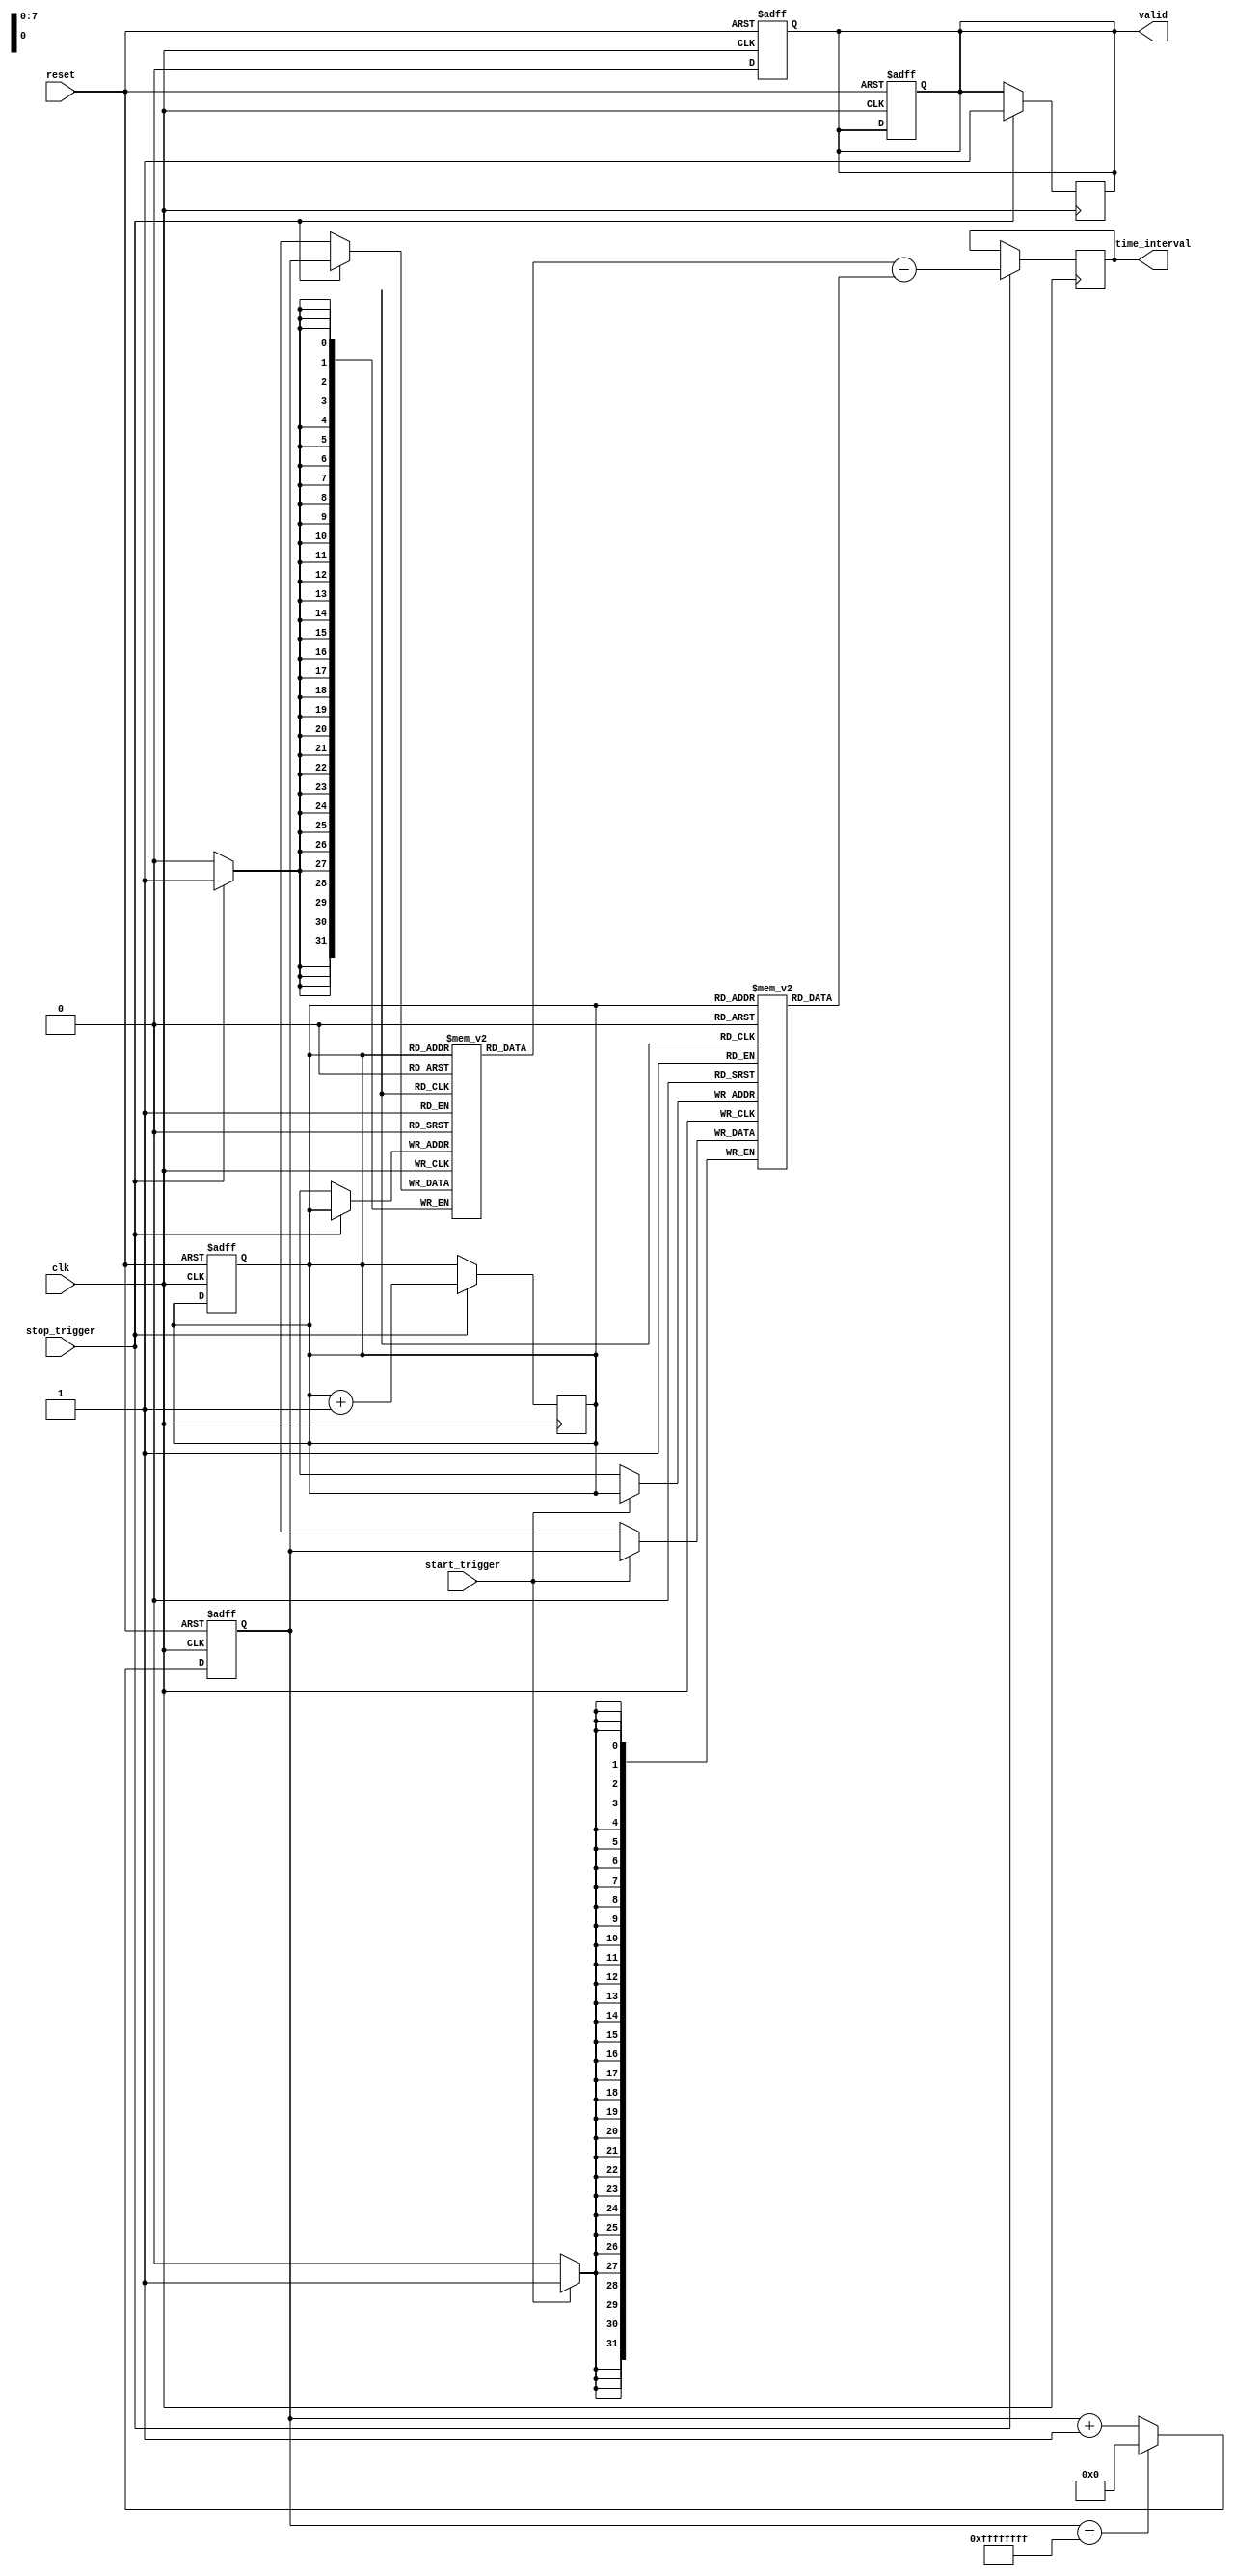
module TDC (
    input wire clk,             // 100 MHz clock
    input wire reset,           // Reset signal
    input wire start_trigger,   // START event trigger
    input wire stop_trigger,    // STOP event trigger
    output reg [31:0] time_interval, // Output time interval
    output reg valid            // Output valid signal
);

    // Parameters
    parameter MEMORY_DEPTH = 256; // Depth of the memory
    parameter COUNTER_WIDTH = 32;  // Width of the counter

    // Internal signals
    reg [COUNTER_WIDTH-1:0] counter; // Counter for timestamps
    reg [COUNTER_WIDTH-1:0] start_time; // Start timestamp
    reg [COUNTER_WIDTH-1:0] stop_time;  // Stop timestamp
    reg [COUNTER_WIDTH-1:0] memory_start [0:MEMORY_DEPTH-1]; // Memory for START timestamps
    reg [COUNTER_WIDTH-1:0] memory_stop [0:MEMORY_DEPTH-1];  // Memory for STOP timestamps
    reg [7:0] write_pointer; // Pointer for writing to memory
    reg overflow; // Overflow flag

    // Counter logic
    always @(posedge clk or posedge reset) begin
        if (reset) begin
            counter <= 0;
            write_pointer <= 0;
            valid <= 0;
            overflow <= 0;
        end else begin
            // Increment counter
            if (counter == {COUNTER_WIDTH{1'b1}}) begin
                counter <= 0; // Handle overflow
                overflow <= 1;
            end else begin
                counter <= counter + 1;
                overflow <= 0;
            end
        end
    end

    // Event capture logic
    always @(posedge clk) begin
        if (start_trigger) begin
            // Capture start time
            memory_start[write_pointer] <= counter;
        end
        
        if (stop_trigger) begin
            // Capture stop time
            memory_stop[write_pointer] <= counter;
            // Calculate time interval
            time_interval <= memory_stop[write_pointer] - memory_start[write_pointer];
            valid <= 1; // Indicate valid output
            write_pointer <= write_pointer + 1; // Move to next memory location
        end
    end

    // Reset valid signal after reading
    always @(posedge clk or posedge reset) begin
        if (reset) begin
            valid <= 0;
        end else if (valid) begin
            // Reset valid signal after one clock cycle
            valid <= 0;
        end
    end

endmodule